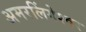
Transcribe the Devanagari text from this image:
अमरलिंगेश्‍वर